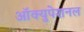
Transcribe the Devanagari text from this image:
ऑक्युपेशनल